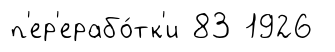
п'ер'ерабо́тк'и 83 1926